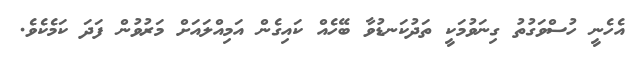
އެހެނީ ހުސްވަގުތު ގިނަވުމަކީ ތަދުކަނޑުވާ ބޭހެއް ކައިގެން އަމިއްލައަށް މަރުވުން ފަދަ ކަމެކެވެ.